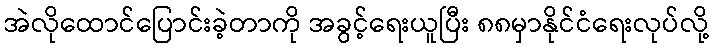
အဲလိုထောင်ပြောင်းခဲ့တာကို အခွင့်ရေးယူပြီး ၈၈မှာနိုင်ငံရေးလုပ်လို့